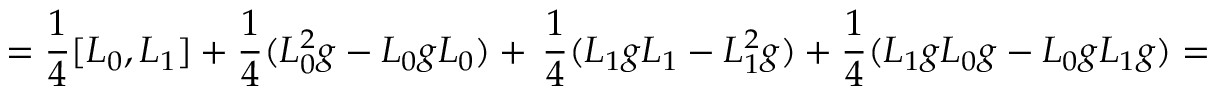
= \frac { 1 } { 4 } [ L _ { 0 } , L _ { 1 } ] + \frac { 1 } { 4 } ( L _ { 0 } ^ { 2 } g - L _ { 0 } g L _ { 0 } ) + \, \frac { 1 } { 4 } ( L _ { 1 } g L _ { 1 } - L _ { 1 } ^ { 2 } g ) + \frac { 1 } { 4 } ( L _ { 1 } g L _ { 0 } g - L _ { 0 } g L _ { 1 } g ) =